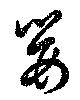
嬰